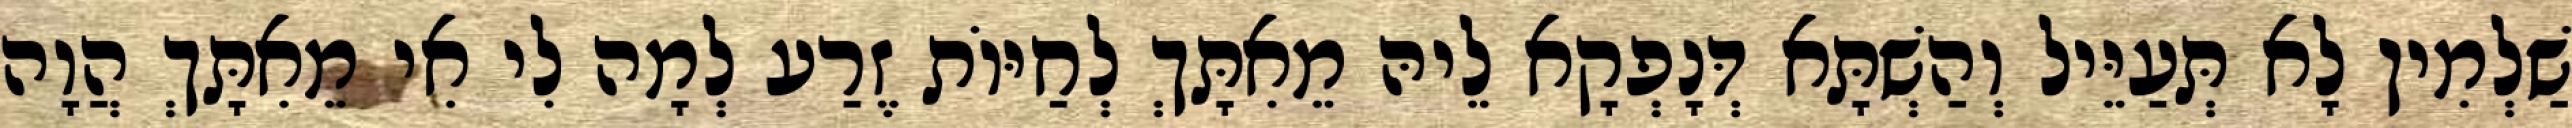
שַׁלְמִין לָא תְּעַיֵּיל וְהַשְׁתָּא דְּנָפְקָא לֵיהּ מֵאִתָּךְ לְחַיּוֹת זֶרַע לְמָה לִי אִי מֵאִתָּךְ הֲוָה